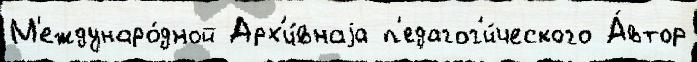
М'еждунаро́дной Арх'и́внаjа п'едагог'и́ческого А́втор